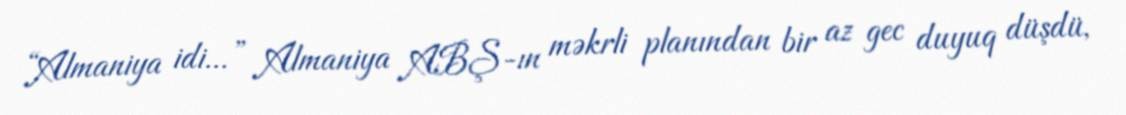
“Almaniya idi...” Almaniya ABŞ-ın məkrli planından bir az gec duyuq düşdü,